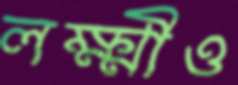
লক্ষ্মীও